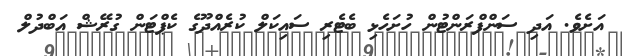
އަށެވެ. އަދި ސަންފްރަންޓުން ހުށަހެޅި ބެޓެރި ސައިކަލް ކުރެއްދޫގެ ކެޕްޓަން ގުރޭޝް އަބްދުލް